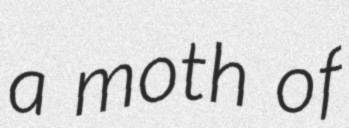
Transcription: a moth of